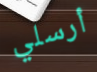
أرسلي